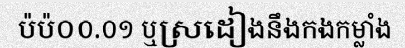
ប៉ប៉០០.០១ ឬស្រដៀងនឹងកងកម្លាំង